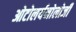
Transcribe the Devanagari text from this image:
ओटोलर्यनोलोजी